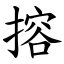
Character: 搈